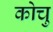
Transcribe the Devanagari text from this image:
कोचु